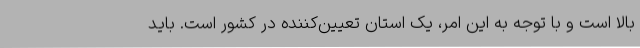
بالا است و با توجه به این امر، یک استان تعیین‌کننده در کشور است. باید